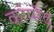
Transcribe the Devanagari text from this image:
कांग्मेद